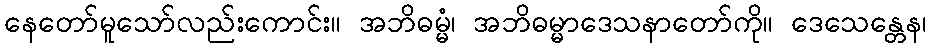
နေတော်မူသော်လည်းကောင်း။ အဘိဓမ္မံ၊ အဘိဓမ္မာဒေသနာတော်ကို။ ဒေသေန္တေန၊